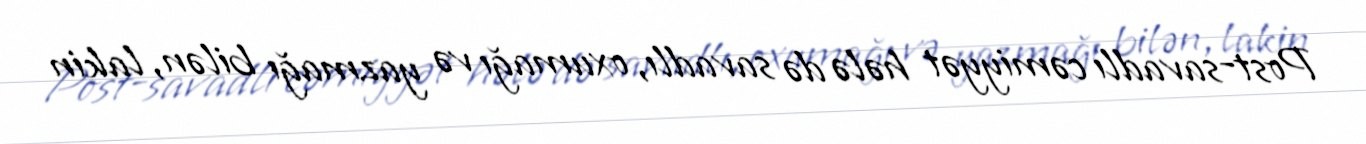
Post-savadlı cəmiyyət hələ də savadlı, oxumağı və yazmağı bilən, lakin